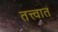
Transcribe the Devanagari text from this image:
तत्त्वात